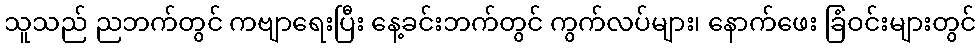
သူသည် ညဘက်တွင် ကဗျာရေးပြီး နေ့ခင်းဘက်တွင် ကွက်လပ်များ၊ နောက်ဖေး ခြံဝင်းများတွင်